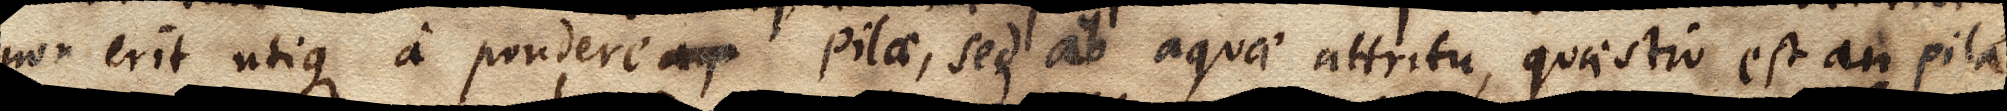
non erit utique a pondere aqu pilae, sed ab aquae attritu, quaestio est an pila